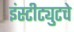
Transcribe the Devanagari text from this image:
इंस्टीट्युटचे